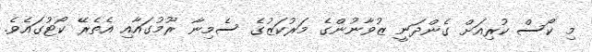
މި ކޯސް ކުރިއަށް ގެންދަނީ ޒުވާނުންގެ މަރުކަޒުގެ ސެމިނާ ރޫމުގައާއި އެތެރޭ ކޯޓުގައެވެ.